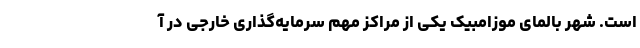
است. شهر بالمای موزامبیک یکی از مراکز مهم سرمایه‌گذاری خارجی در آ